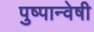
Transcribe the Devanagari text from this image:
पुष्पान्वेषी